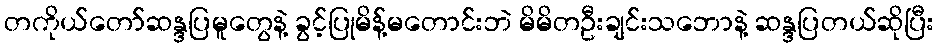
တကိုယ်တော်ဆန္ဒပြမူတွေနဲ့ ခွင့်ပြုမိန့်မတောင်းဘဲ မိမိတဦးချင်းသဘောနဲ့ ဆန္ဒပြတယ်ဆိုပြီး